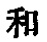
和